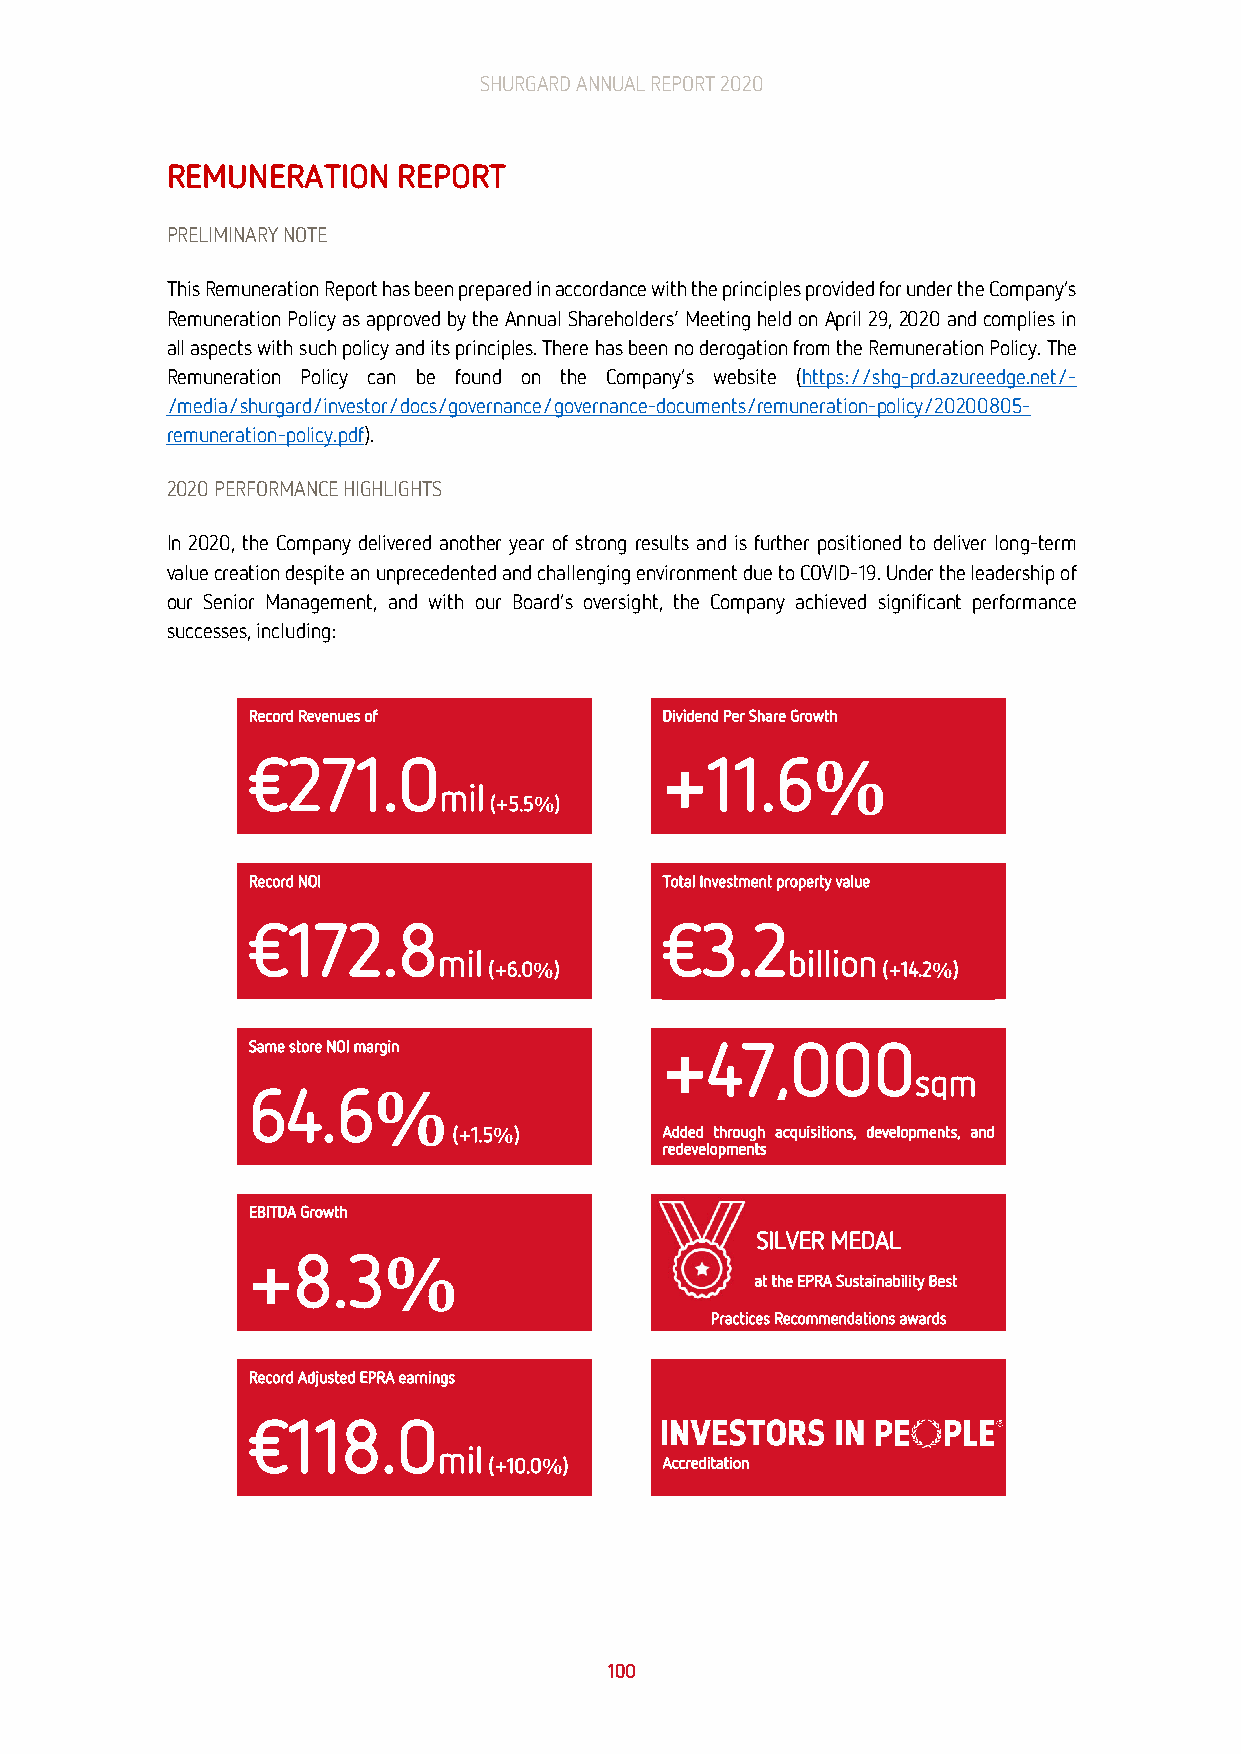
SHURGARD ANNUAL REPORT 2020
 REMUNERATION   REPORT
 PRELIMINARY NOTE
 This Remuneration Report has been prepared in accordance with the principles provided for under the Company’s
 Remuneration Policy as approved by the Annual Shareholders‘ Meeting held on April 29, 2020 and complies in
 all aspects with such policy and its principles. There has been no derogation from the Remuneration Policy. The
 Remuneration Policy can be found on the Company’s website (https://shg-prd.azureedge.net/-
 /media/shurgard/investor/docs/governance/governance-documents/remuneration-policy/20200805-
 remuneration-policy.pdf).
 2020 PERFORMANCE HIGHLIGHTS
 In 2020, the Company delivered another year of strong results and is further positioned to deliver long-term
 value creation despite an unprecedented and challenging environment due to COVID-19. Under the leadership of
 our Senior Management, and with our Board’s oversight, the Company achieved significant performance
 successes, including:
 Record Revenues of          Dividend Per Share Growth
 €271.0                      +11.6%
 mil
 (+5.5%)
 Record NOI                  Total Investment property value
 €172.8                      €3.2
 mil                    billion
 (+6.0%)                   (+14.2%)
 Same store NOI margin       +47,000
 sqm
 64.6%
 (+1.5%)       Added through acquisitions, developments, and
 redevelopments
 EBITDA Growth
 SILVER MEDAL
 +8.3%
 at the EPRA Sustainability Best
 Practices Recommendations awards
 Record Adjusted EPRA earnings
 €118.0
 mil
 (+10.0%)    Accreditation
 E
 100